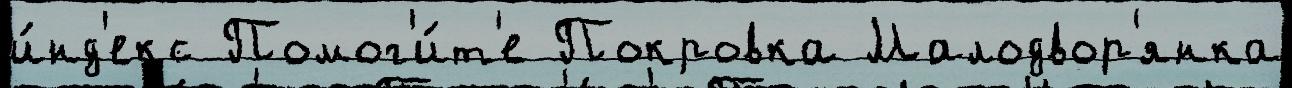
и́нд'екс Помог'и́т'е Покровка Малодвор'янка